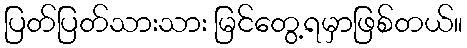
ပြတ်ပြတ်သားသား မြင်တွေ့ရမှာဖြစ်တယ်။